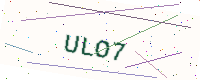
Text: ULO7